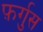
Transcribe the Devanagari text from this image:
फ़र्गुस